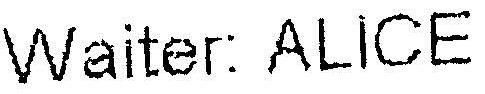
WAITER: ALICE